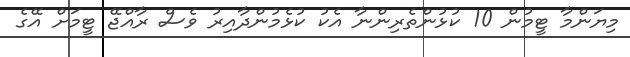
މިޔަންމާ ޓީމުން 10 ކުޅުންތެރިންނާ އެކު ކުޅެމުންދާއިރު ވެސް ރާއްޖޭ ޓީމަށް އޭގެ